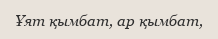
Ұят қымбат, ар қымбат,